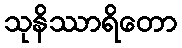
သုနိဿာရိတော